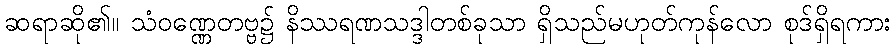
ဆရာဆို၏။ သံဝဏ္ဏေတဗ္ဗ၌ နိဿရဏသဒ္ဒါတစ်ခုသာ ရှိသည်မဟုတ်ကုန်လော စုဒ်ရှိရကား